Civil Veterinary Dept. Bombay admin report 1923-31 - 1923-1931
Year: 1923
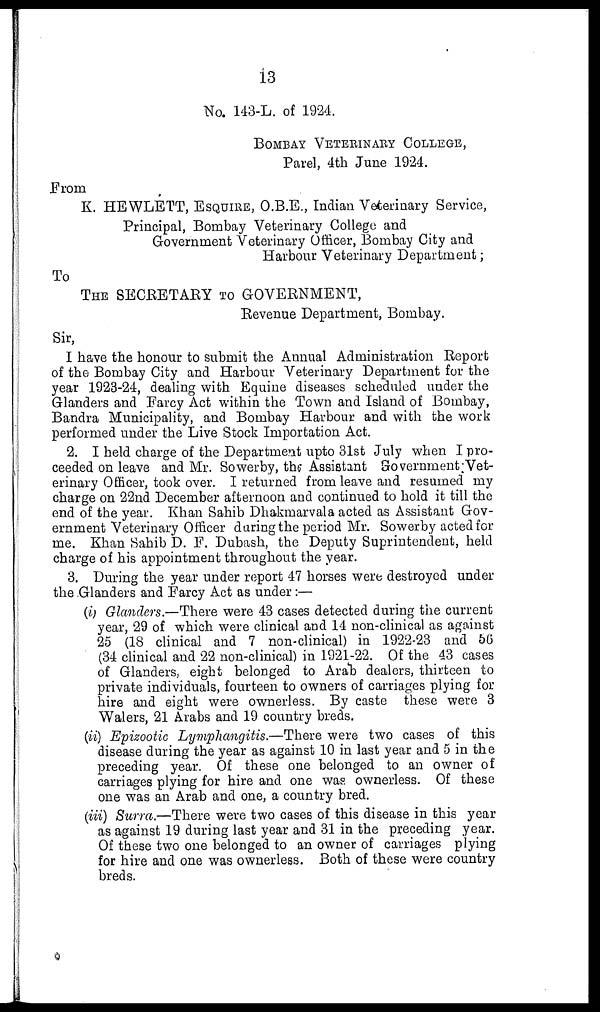
13
No. 143-L. of 1924.
BOMBAY VETERINARY COLLEGE.,
Parel, 4th June 1924.
From
K. HEWLETT, ESQUIRE, O.B.E., Indian Veterinary Service,
Principal, Bombay Veterinary College and
Government Veterinary Officer, Bombay City and
Harbour Veterinary Department;
To
THE SECRETARY TO GOVERNMENT,
Revenue Department, Bombay.
Sir,
I have the honour to submit the Annual Administration Report
of the Bombay City and Harbour Veterinary Department for the
year 1923-24, dealing with Equine diseases scheduled under the
Glanders and Farcy Act within the Town and Island of Bombay,
Bandra Municipality, and Bombay Harbour and with the work
performed under the Live Stock Importation Act.
2. I held charge of the Department upto 31st July when I pro-
ceeded on leave and Mr. Sowerby, the Assistant Government Vet-
erinary Officer, took over. I returned from leave and resumed my
charge on 22nd December afternoon and continued to hold it till the
end of the year. Khan Sahib Dhakmarvala acted as Assistant Gov-
ernment Veterinary Officer during the period Mr. Sowerby acted for
me. Khan Sahib D. F. Dubash, the Deputy Suprintendent, held
charge of his appointment throughout the year.
3. During the year under report 47 horses were destroyed under
the Glanders and Farcy Act as under :—
(i) Glanders.—There were 43 cases detected during the current
year, 29 of which were clinical and 14 non-clinical as against
25 (18 clinical and 7 non-clinical) in 1922-23 and 56
(34 clinical and 22 non-clinical) in 1921-22. Of the 43 cases
of Glanders, eight belonged to Arab dealers, thirteen to
private individuals, fourteen to owners of carriages plying for
hire and eight were ownerless. By caste these were 3
Walers, 21 Arabs and 19 country breds.
(ii) Epizootic Lymphangitis.—There were two cases of this
disease during the year as against 10 in last year and 5 in the
preceding year. Of these one belonged to an owner of
carriages plying for hire and one was ownerless. Of these
one was an Arab and one, a country bred.
(iii) Surra.—There were two cases of this disease in this year
as against 19 during last year and 31 in the preceding year.
Of these two one belonged to an owner of carriages plying
for hire and one was ownerless. Both of these were country
breds.